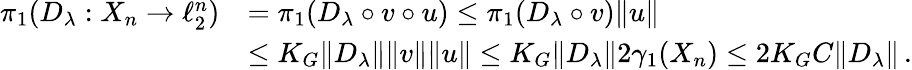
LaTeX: \begin{array}{rl}{\pi_{1}(D_{\lambda}:X_{n}\to\ell_{2}^{n})}&{=\pi_{1}(D_{\lambda}\circ v\circ u)\leq\pi_{1}(D_{\lambda}\circ v)\| u\| }\\ &{\leq K_{G}\| D_{\lambda}\| \| v\| \| u\| \leq K_{G}\| D_{\lambda}\| 2\gamma_{1}(X_{n})\leq 2K_{G}C\| D_{\lambda}\| \, .}\end{array}